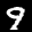
Label: 9